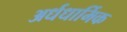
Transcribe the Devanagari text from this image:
अर्धधार्मिक